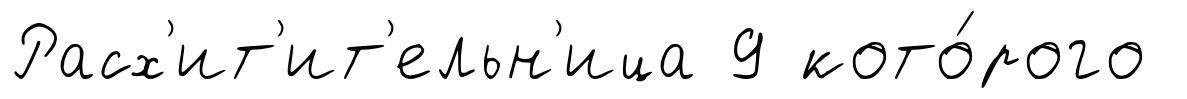
Расх'ит'ит'ельн'ица 9 кото́рого